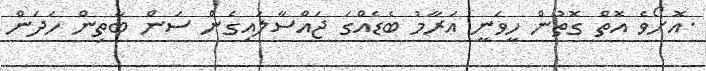
.އޮށޯވެ އޮތް ގޮތުން ހީވަނީ އަރާމު ބެޑެއްގަ ޖައްސާލައިގެން ސަން ބާތިން ހަދަން